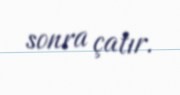
sonra çatır.